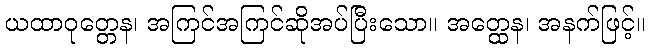
ယထာဝုတ္တေန၊ အကြင်အကြင်ဆိုအပ်ပြီးသော။ အတ္ထေန၊ အနက်ဖြင့်။